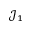
\mathcal { J } _ { 1 }